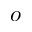
o